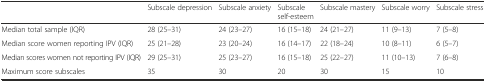
<table><thead><tr><td></td><td><b>Subscale depression</b></td><td><b>Subscale anxiety</b></td><td><b>Subscale self-esteem</b></td><td><b>Subscale mastery</b></td><td><b>Subscale worry</b></td><td><b>Subscale stress</b></td></tr></thead><tbody><tr><td>Median total sample (IQR)</td><td>28 (25–31)</td><td>24 (23–27)</td><td>16 (15–18)</td><td>24 (21–27)</td><td>11 (9–13)</td><td>7 (5–8)</td></tr><tr><td>Median score women reporting IPV (IQR)</td><td>25 (21–28)</td><td>23 (20–24)</td><td>16 (14–17)</td><td>22 (18–24)</td><td>10 (8–11)</td><td>6 (5–7)</td></tr><tr><td>Median scores women not reporting IPV (IQR)</td><td>29 (25–31)</td><td>25 (23–27)</td><td>16 (15–18)</td><td>25 (22–27)</td><td>11 (10–13)</td><td>7 (6–8)</td></tr><tr><td>Maximum score subscales</td><td>35</td><td>30</td><td>20</td><td>30</td><td>15</td><td>10</td></tr></tbody></table>